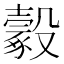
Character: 𣫔